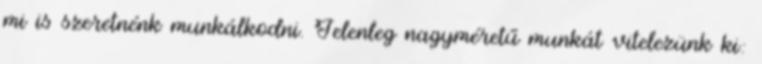
mi is szeretnénk munkálkodni. Jelenleg nagyméretű munkát vitelezünk ki: